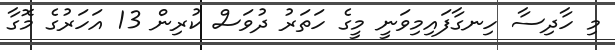
މި ހާދިސާ ހިނގާފައިމިވަނީ މީގެ ހަތަރު ދުވަސް ކުރިން 13 އަހަރުގެ މޮގާ